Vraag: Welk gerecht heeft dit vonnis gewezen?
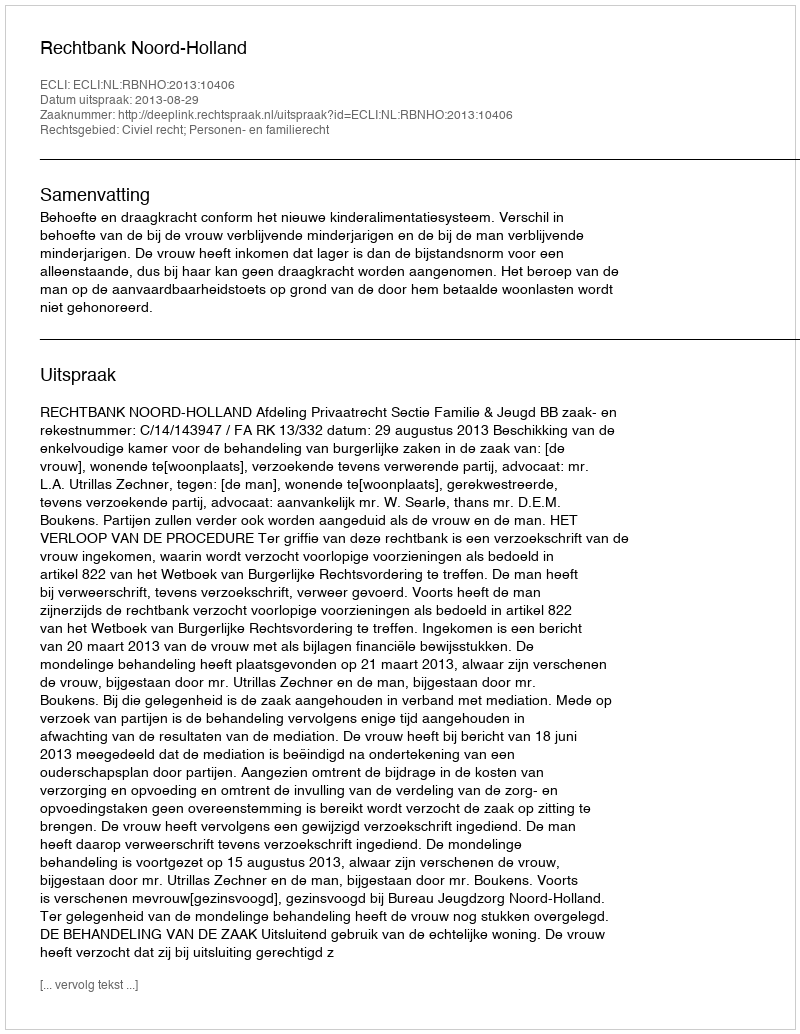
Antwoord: Rechtbank Noord-Holland